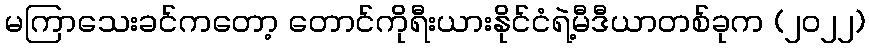
မကြာသေးခင်ကတော့ တောင်ကိုရီးယားနိုင်ငံရဲ့မီဒီယာတစ်ခုက (၂၀၂၂)